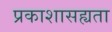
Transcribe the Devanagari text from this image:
प्रकाशासह्यता